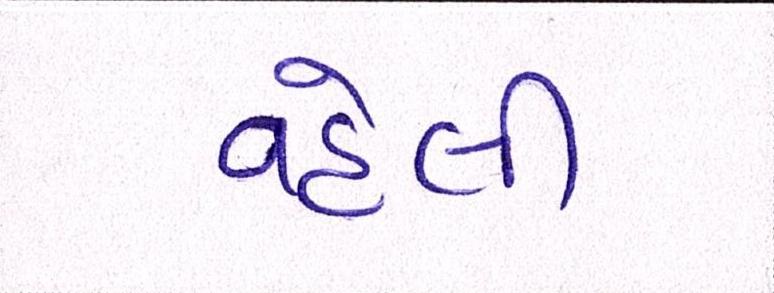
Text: વહેલી